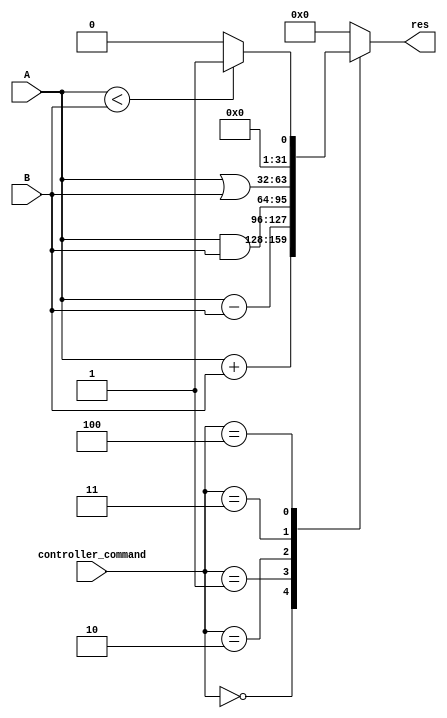
module ALU (input [2:0]controller_command ,
 input [31:0] A , B,output reg[31:0] res);
   always@(*)begin
    case(controller_command)
    
      3'b000:res = A+B;   //ADD
      3'b001:res = A-B;   //SUB
      3'b010:res = A&B;   //AND
      3'b011:res = A|B;   //OR
      3'b100: res = A<B ? 8'b00000001:8'b0;  //SLT
      default: res = 0;

    endcase
  end
  
endmodule